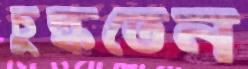
চুল্‌কতেন